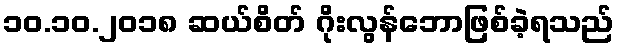
၁၀.၁၀.၂၀၁၈ ဆယ်စိတ် ဂိုးလွန်ဘောဖြစ်ခဲ့ရသည်